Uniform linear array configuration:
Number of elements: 64
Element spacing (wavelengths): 1
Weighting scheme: exponential
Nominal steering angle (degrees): -45
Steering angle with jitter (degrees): -44.14
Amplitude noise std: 0.05
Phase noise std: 0.05

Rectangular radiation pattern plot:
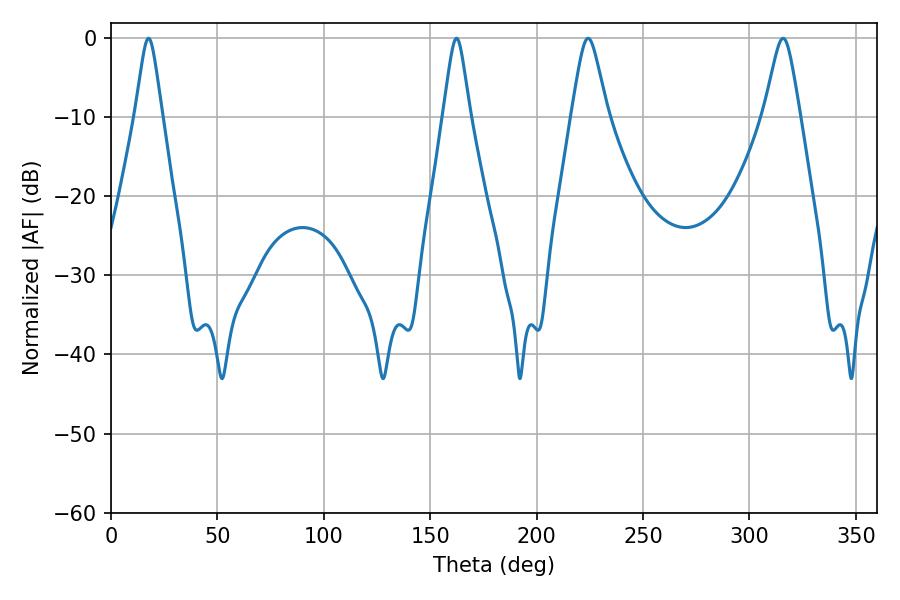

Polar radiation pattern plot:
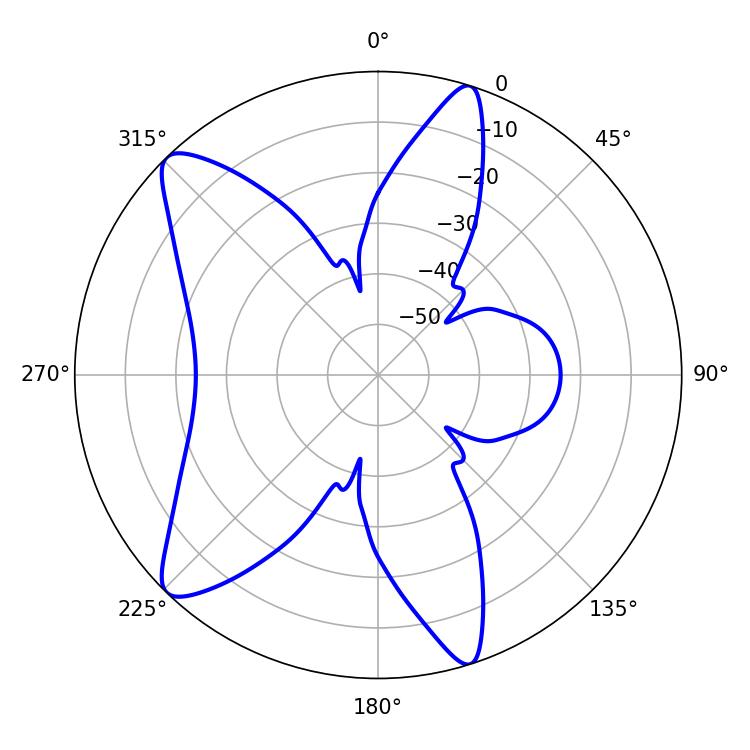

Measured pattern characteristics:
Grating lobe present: TRUE
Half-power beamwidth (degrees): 6.12
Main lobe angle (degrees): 17.64